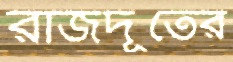
রাজদূতের